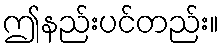
ဤနည်းပင်တည်း။